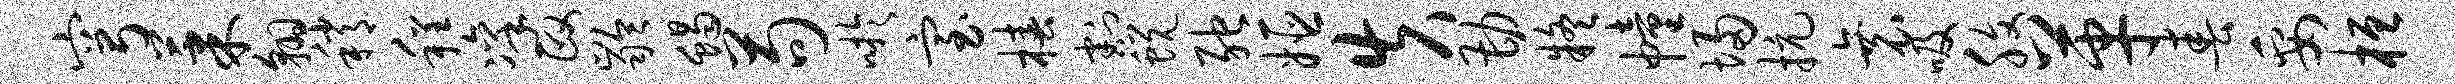
穹果翱稍程凛政龄蝎苟吁室椿割蜕弛姬失勘疑幢埽抗衰吸腹革春妥桓